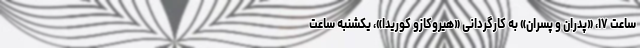
ساعت ۱۷، «پدران و پسران» به کارگردانی «هیروکازو کوریدا»، یکشنبه ساعت